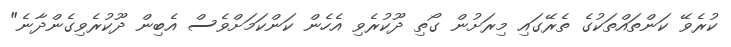
ކުރެވޭ ކަންތައްތަކުގެ ތެރޭގައި މިރަށުން ގޯތި ދޫކުރެވި އެހެން ކަންކަމަށްވެސް އެބިން ދޫކުރެވިގެންދާނެ"